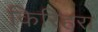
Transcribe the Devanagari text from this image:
किरिहरा